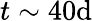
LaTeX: t\sim 40\mathrm{d}